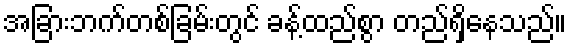
အခြားဘက်တစ်ခြမ်းတွင် ခန့်ထည်စွာ တည်ရှိနေသည်။